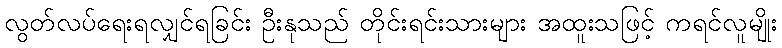
လွတ်လပ်ရေးရလျှင်ရခြင်း ဦးနုသည် တိုင်းရင်းသားများ အထူးသဖြင့် ကရင်လူမျိုး